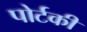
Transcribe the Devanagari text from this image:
पोर्टकी